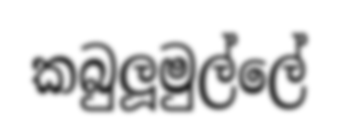
කබුලූමුල්ලේ